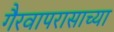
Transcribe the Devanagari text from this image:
गैरवापरासाच्या